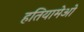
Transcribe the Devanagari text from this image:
हतियामेओ